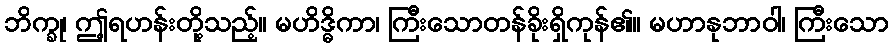
ဘိက္ခု၊ ဤ့ရဟန်းတို့သည့်။ မဟိဒ္ဓိကာ၊ ကြီးသောတန်ခိုးရှိကုန်၏။ မဟာနုဘာဝါ၊ ကြီးသော